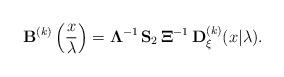
LaTeX: \begin{align*} {\bf B}^{(k)} \left(\frac{x}{\lambda} \right)= {\bf \Lambda}^{-1} \, {\bf S}_2 \, {\bf \Xi }^{-1} \, {\bf D}_\xi^{(k)} (x|\lambda). \end{align*}